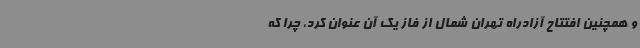
و همچنین افتتاح آزادراه تهران شمال از فاز یک آن عنوان کرد، چرا که